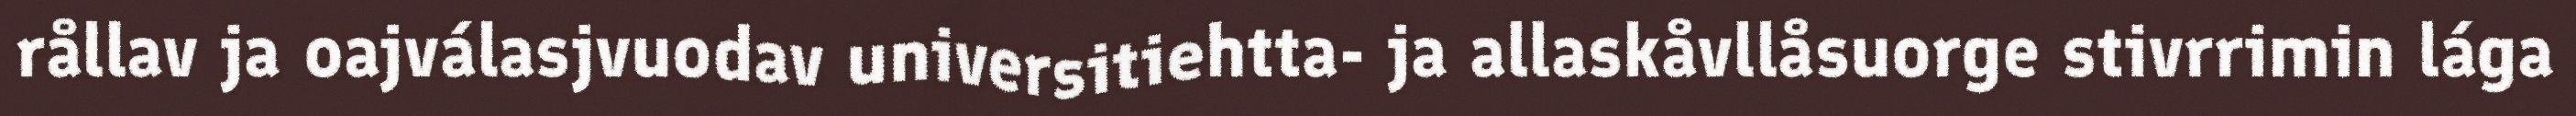
rållav ja oajválasjvuodav universitiehtta- ja allaskåvllåsuorge stivrrimin lága